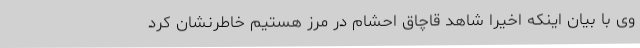
وی با بیان اینکه اخیرا شاهد قاچاق احشام در مرز هستیم خاطرنشان کرد